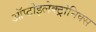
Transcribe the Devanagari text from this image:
ऑप्टोइलेक्ट्रोनिक्स